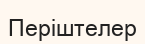
Періштелер